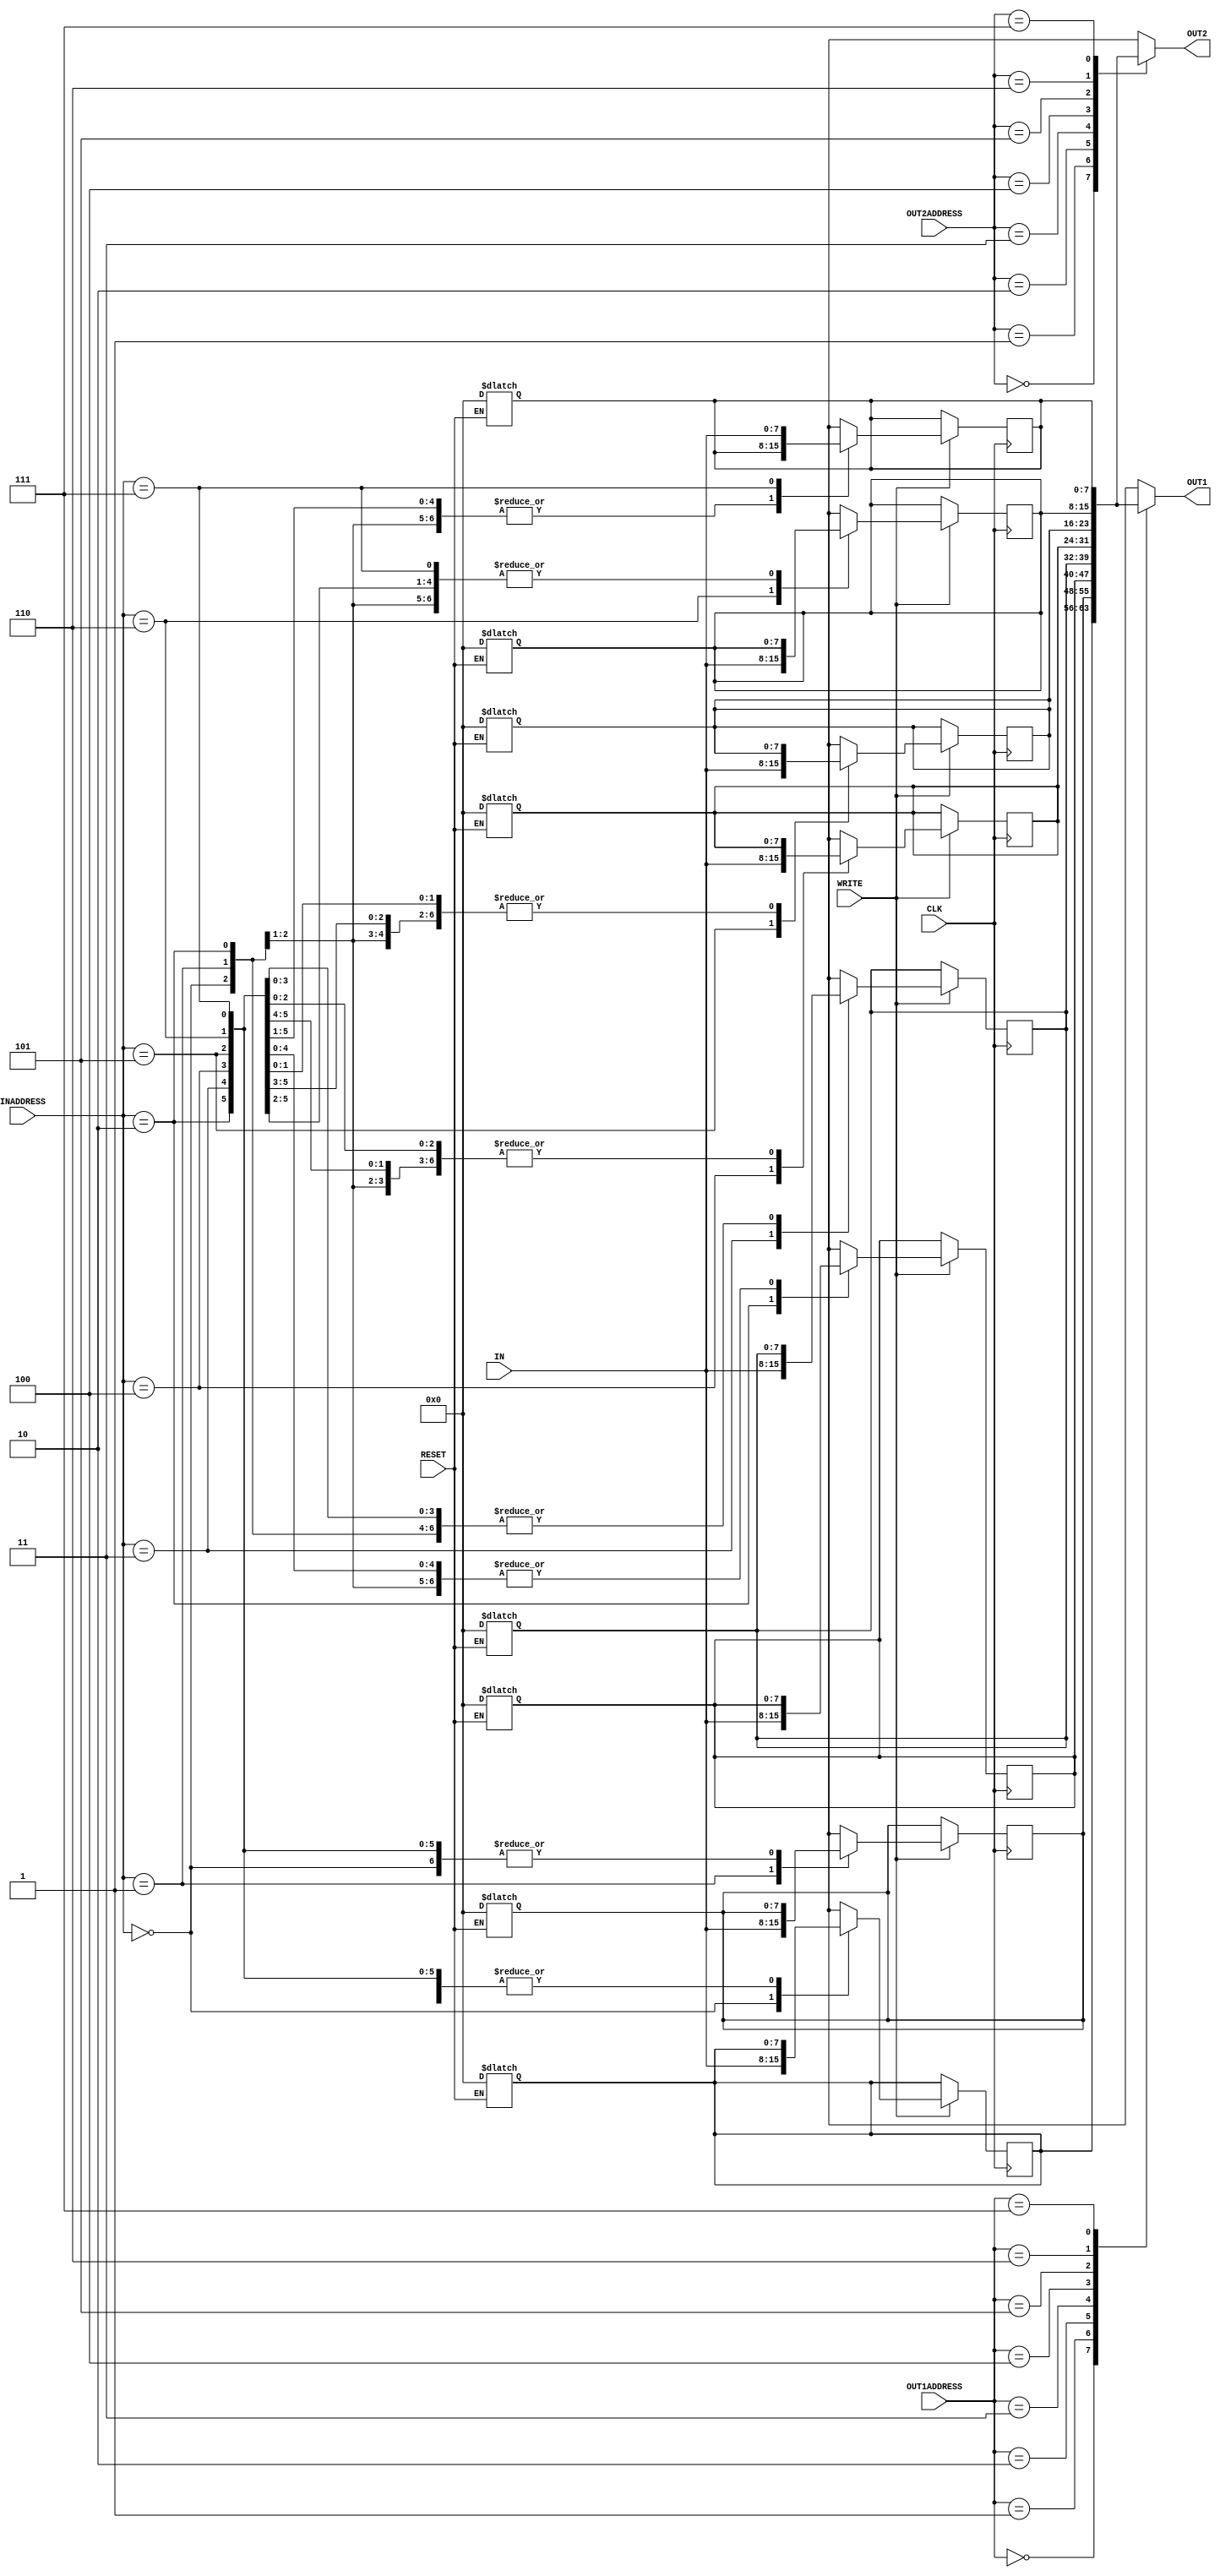
// Computer Architecture (CO224) - Lab 05 Part 2 
// Design: Register File Module of Simple Processor

module reg_file(IN,OUT1,OUT2,INADDRESS,OUT1ADDRESS,OUT2ADDRESS, WRITE, CLK, RESET);	//module definition
	
	//input declaration
	input [7:0] IN;
	input [2:0] INADDRESS,OUT1ADDRESS,OUT2ADDRESS;
	input CLK,RESET,WRITE;

	//output declaration
	output [7:0] OUT1,OUT2;

	//make 8x8 register.
	reg [7:0] regset [7:0];
	
	//variable declaration.
	integer i;
	
	// always assign OUT1 & OUT2 values with 2 time units of delay.
	assign #2 OUT1 = regset[OUT1ADDRESS];
	assign #2 OUT2 = regset[OUT2ADDRESS];

	// write to register when WRITE is enabled with positive edge of the CLK signal with 2 time units of delay.
	always @(posedge CLK)
	begin
		if(WRITE == 1'b1) begin
			#2 regset[INADDRESS] = IN;
		end
	end

	// Reset the register with positive edge of the RESET signal with 2 time units of delay.
	always @(*)
	begin
		if (RESET == 1'b1) begin		
			#2
			for(i=0; i<8; i=i+1) begin
				regset[i]=0;
			end
		end
	end

endmodule